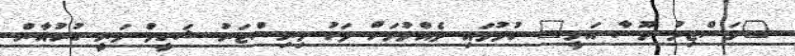
"މަސްޖިދު މޫސާ އަލީ" ހުޅުވައި ދެއްވުމަށް ފަހު މިނިސްޓަރު ޝަހީމް ވަނީ ގުރުއާން